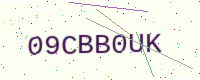
Text: 09CBB0UK